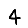
Digit: 4